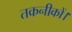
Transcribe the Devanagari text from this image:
तकनीकों।